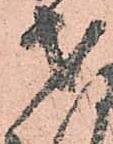
才